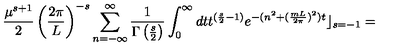
\frac { \mu ^ { s + 1 } } { 2 } \left( \frac { 2 \pi } { L } \right) ^ { - s } \sum _ { n = - \infty } ^ { \infty } \frac { 1 } { \Gamma \left( \frac { s } { 2 } \right) } \int _ { 0 } ^ { \infty } d t t ^ { ( \frac { s } { 2 } - 1 ) } e ^ { - ( n ^ { 2 } + ( \frac { m L } { 2 \pi } ) ^ { 2 } ) t } \rfloor _ { s = - 1 } =